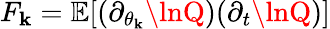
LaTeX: F_{\mathbf{k}}=\mathbb{{E}}[(\partial_{\theta_{\mathbf{k}}}\lnQ)(\partial_{t}\lnQ)]